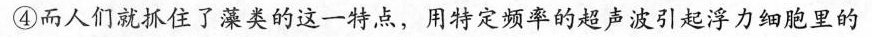
④而人们就抓住了藻类的这一特点，用特定频率的超声波引起浮力细胞里的